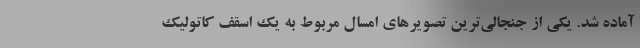
آماده شد. یکی از جنجالی‌ترین تصویرهای امسال مربوط به یک اسقف کاتولیک